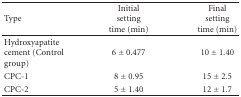
<table><thead><tr><td><b>Type</b></td><td><b> Initial setting time (min)</b></td><td><b>Final setting time (min)</b></td></tr></thead><tbody><tr><td> Hydroxyapatite cement (Control group)</td><td>6 ± 0.477</td><td>10 ± 1.40</td></tr><tr><td>CPC-1</td><td>8 ± 0.95</td><td>15 ± 2.5</td></tr><tr><td>CPC-2</td><td>5 ± 1.40</td><td>12 ± 1.7</td></tr></tbody></table>